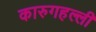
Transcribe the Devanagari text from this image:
कारुगहल्ली